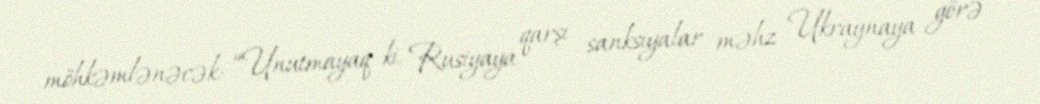
möhkəmlənəcək: “Unutmayaq ki, Rusiyaya qarşı sanksiyalar məhz Ukraynaya görə